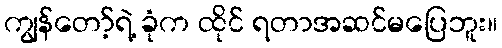
ကျွန်တော့်ရဲ့ ခုံက ထိုင် ရတာအဆင်မပြေဘူး။